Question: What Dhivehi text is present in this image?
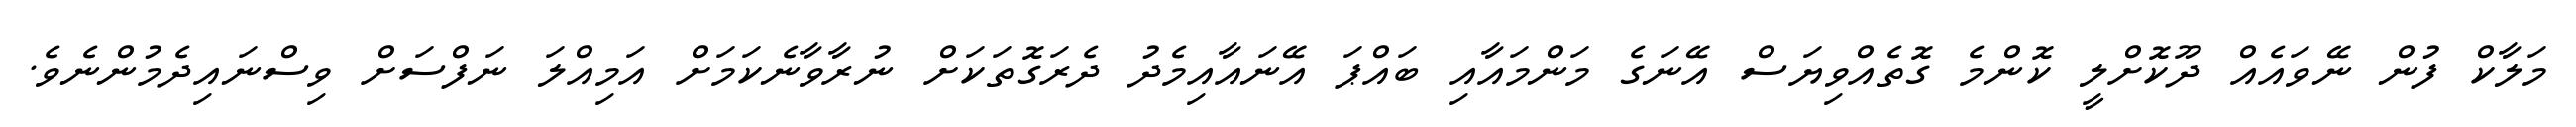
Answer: މަލާކް ފުން ނޭވައެއް ދޫކޮށްލީ ކޮންމެ ގޮތެއްވިޔަސް އޭނަގެ މަންމައާއި ބައްޕަ އޭނައާއިމެދު ދެރަގޮތަކަށް ނުރާވާނެކަމަށް އަމިއްލަ ނަފްސަށް ވިސްނައިދެމުންނެވެ.